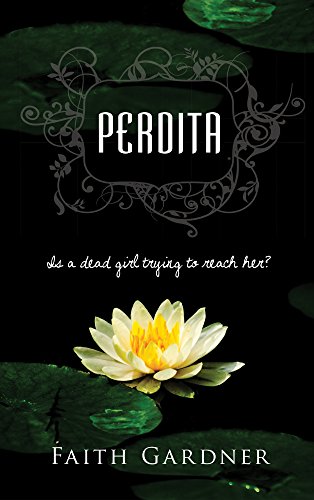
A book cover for Perdita; Faith Gardner; Teen & Young Adult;